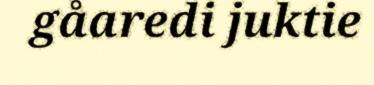
gåaredi juktie